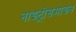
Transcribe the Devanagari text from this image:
नाइट्रोसमाइन